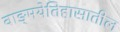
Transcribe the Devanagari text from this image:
वाङ्‌मयेतिहासातील